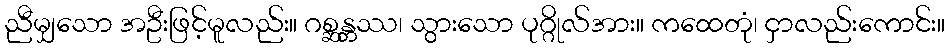
ညီမျှသော အဦးဖြင့်မူလည်း။ ဂစ္ဆန္တဿ၊ သွားသော ပုဂ္ဂိုလ်အား။ ကထေတုံ၊ ငှာလည်းကောင်း။